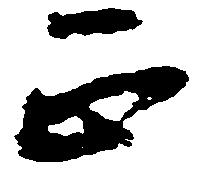
正